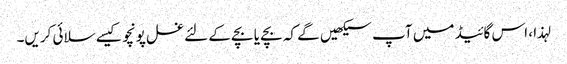
لہذا ، اس گائیڈ میں آپ سیکھیں گے کہ بچے یا بچے کے لئے غسل پونچو کیسے سلائی کریں۔